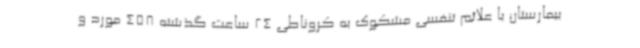
بیمارستان با علائم تنفسی مشکوک به کروناطی 24 ساعت گذشته 458 مورد و